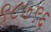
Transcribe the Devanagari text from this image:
९८७९६